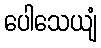
ပေါသေယျံ